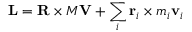
\mathbf { L } = \mathbf { R } \times M \mathbf { V } + \sum _ { i } \mathbf { r } _ { i } \times m _ { i } \mathbf { v } _ { i }